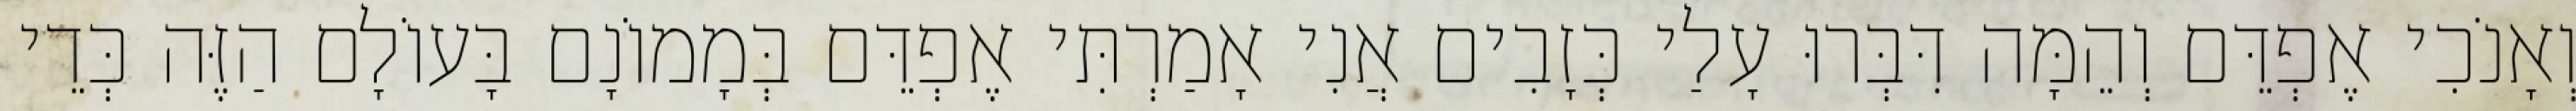
וְאָנֹכִי אֶפְדֵּם וְהֵמָּה דִּבְּרוּ עָלַי כְּזָבִים אֲנִי אָמַרְתִּי אֶפְדֵּם בְּמָמוֹנָם בָּעוֹלָם הַזֶּה כְּדֵי